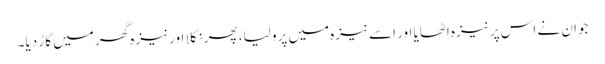
جوان نے اس پر نیزہ اٹھایا اور اسے نیزہ میں پرو لیا، پھر نکلا اور نیزہ گھر میں گاڑ دیا۔